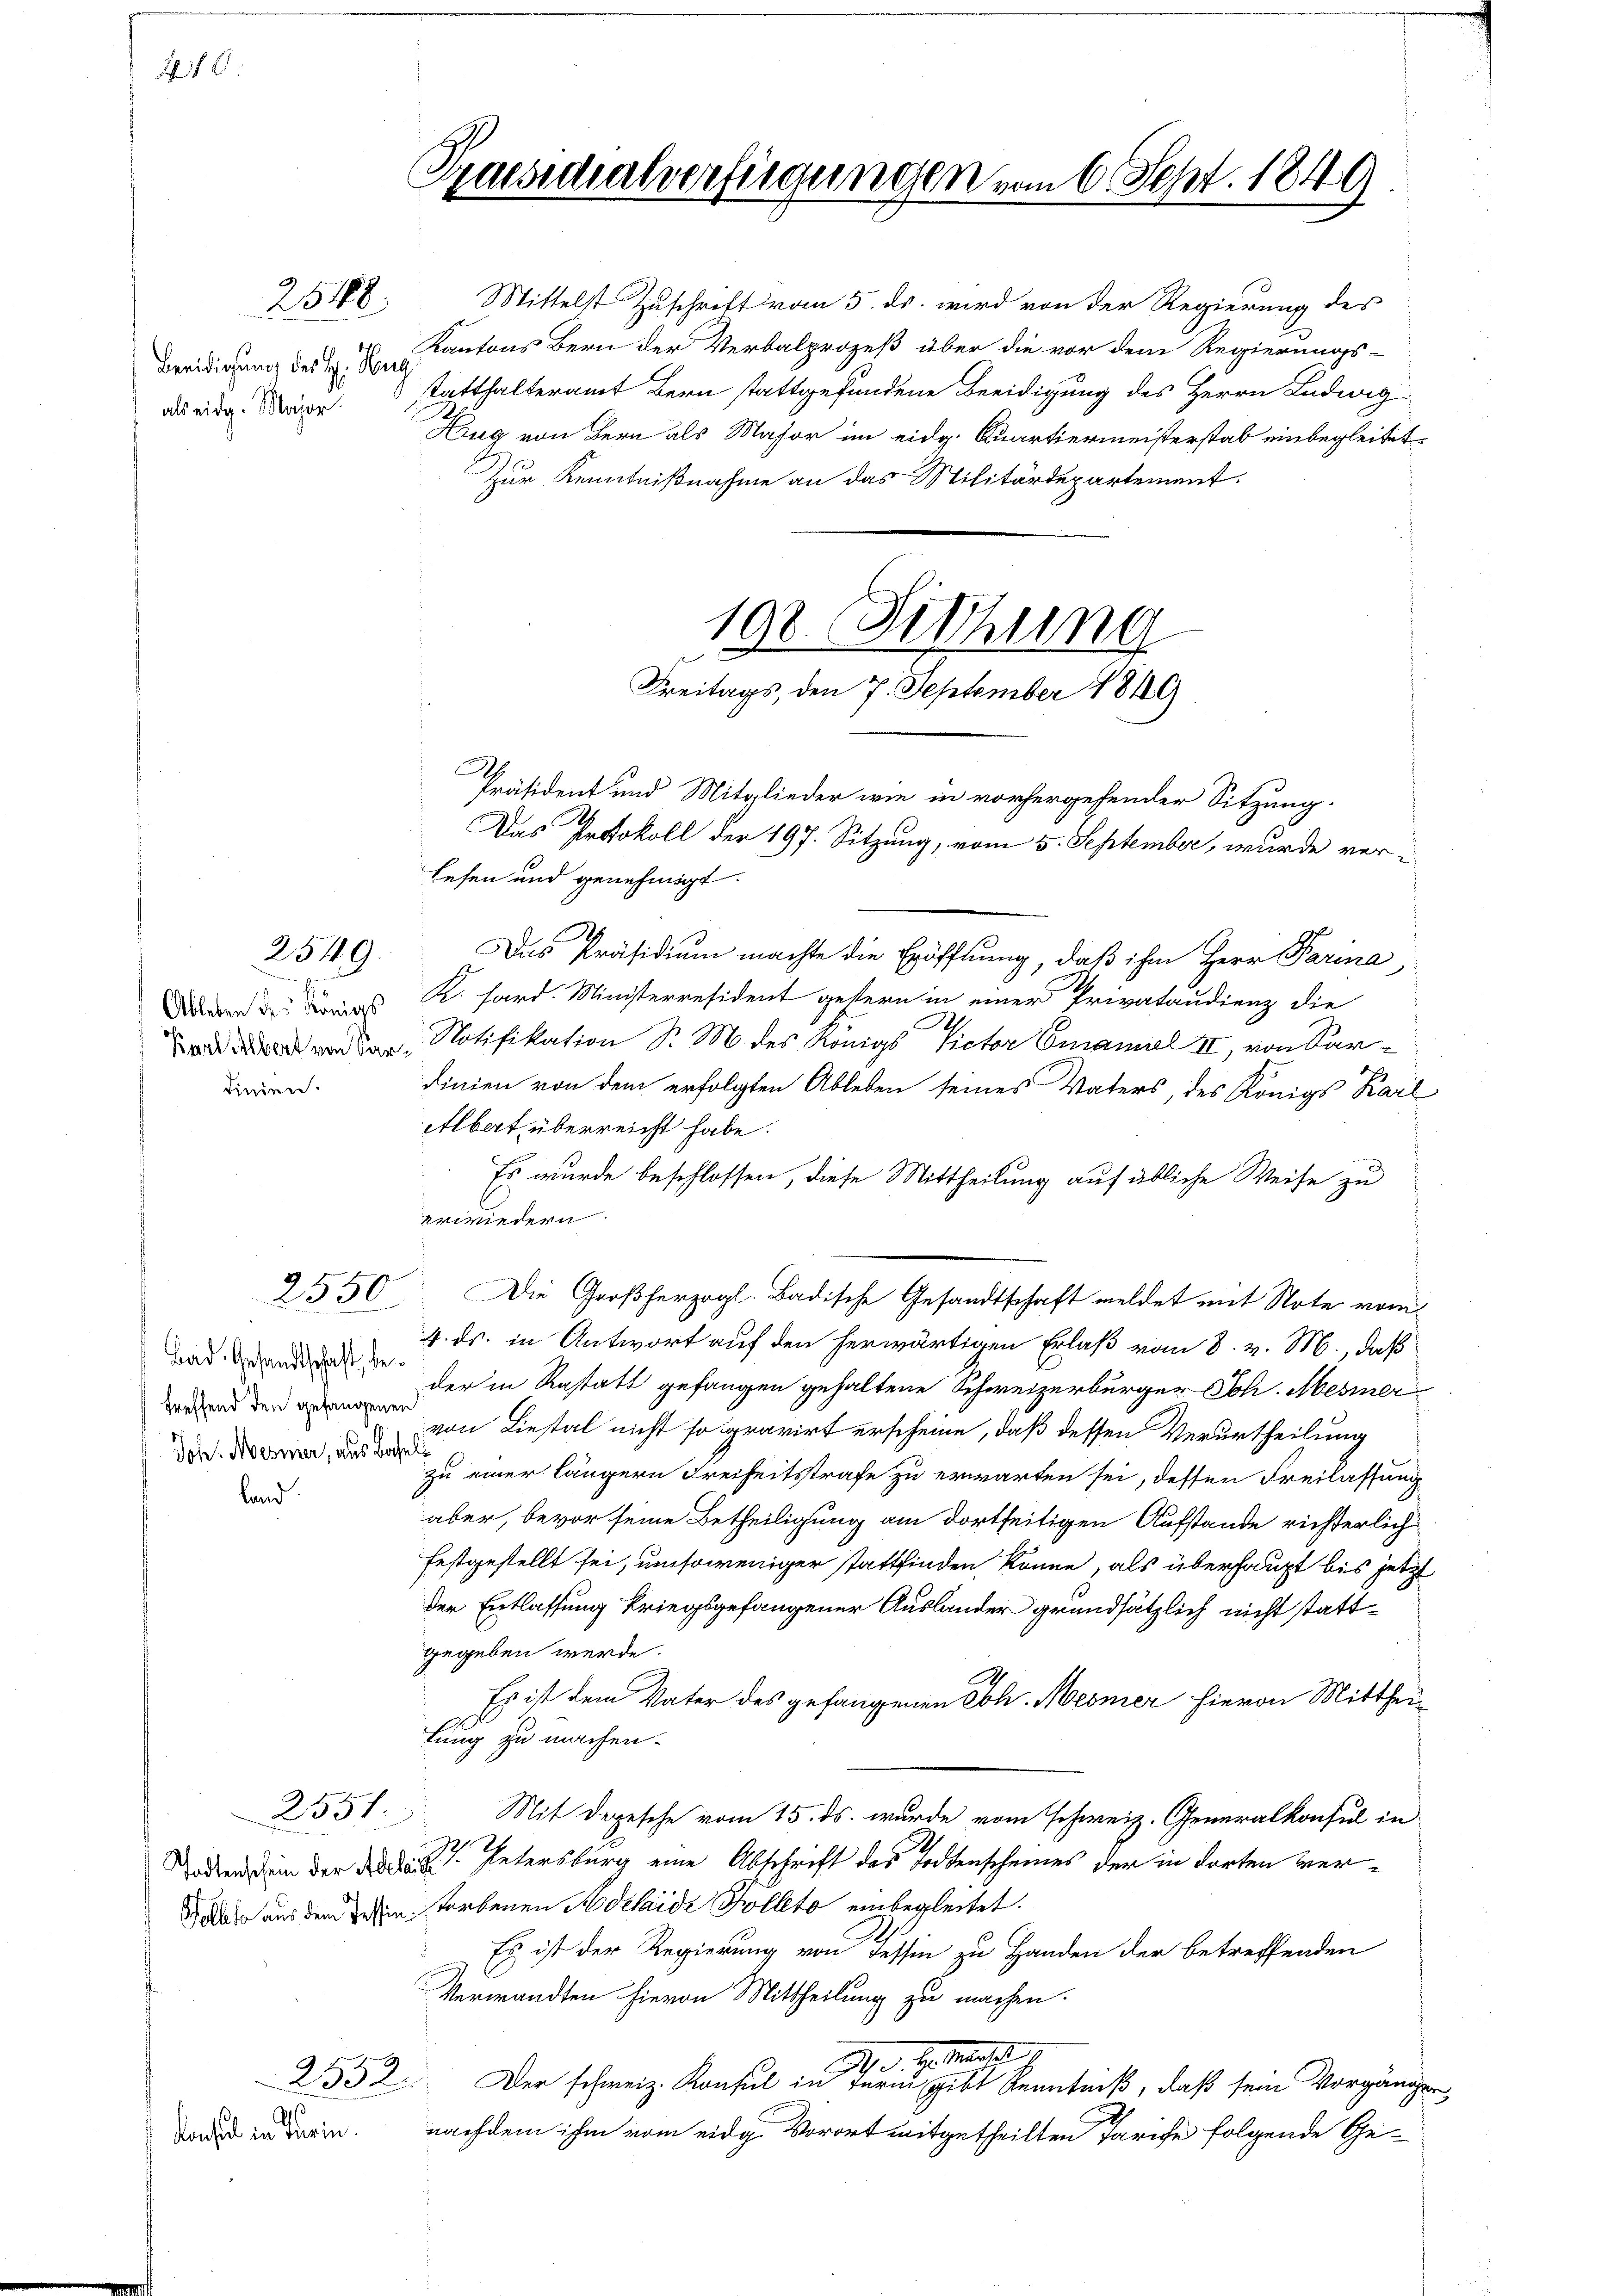
Nr. 10

Beeidigung des H. Heng
als eidg. Major.

dinien.

2548.

konsul in Turin

2549.

2550

Bad. Gesandtschaft, betreffend den gefangenen
Joh: Mesner, aus Basel
land

21551.

2552

Gaesidialverfügungen vom 6. Sept. 1849

Mittelst Zuschrift vom 5. ds. wird von der Regierung des
Kantons Bern der Verbalprozeß über die vor dem Regierungs-
statthalteramt Bern stattgefundene Beeidigung des Herrn Ludwig
Hug von Bern als Major im eidg. Quartiermeisterstab einbegleitet
Zur Kenntnißnahme an das Militärdepartement.

100. Fittung
Freitags, den 7. September 1849

Präsident und Mitglieder wie in vorhergehender Sitzung.
Das Protokoll der 197. Sitzung, vom 5. September, wurde ver¬

lefen und genehmigt.
Das Präsidium machte die Eröffnung, daß ihm Herr Parina
ddend der K. Sard. Ministerresident getern in einer Privataudienz die
ad von der Notifikation Sr. M. des Königs Victor Emanal II, von Sardinien von dem erfolgten Ableben seines Vaters, des Königs Karl
Albert überreicht habe.
Es wurde beschlossen, diese Mittheilung auf übliche Weise zu
erwiedern
4. ds. in Antwort auf den herwärtigen Erlaß vom 8. v. M., daß
der in Restatt gefangen gehaltene Schweizerbürger Joh. Mesner
von Liestal nicht so gravirt erscheine, daß dessen Verurtheilung
zu einer längern Freiheitsstrafe zu erwarten sei, dessen Freilassung
aber, bevor seine Betheiligung am dortseitigen Aufstande richterlich
festgestellt sei, umsoweniger stattfinden könne, als überhaupt bis jetzt
der Entlassung kriegsgefangener Auslander grundsätzlich nicht stattgegeben werde.
Es ist dem Vater des gefangenen Joh. Mesner hievon Mittheitung zu machen.
Mit Depesche vom 15. ds. wurde vom schweiz. Generalkonsul in
ode dein der den Petersburg eine Abschrift des Todtenscheines der in dorten verdadar aus dem Zehen torbenen Adelaide Polleto einbegleitet.
Es ist der Regierung von Tessin zu Handen der betreffenden
Verwandten hievon Mittheilung zu machen.
No. 1. Mart.
Der schweiz. Konsul in fern gibt Kenntniß, daß sein Vorgänger
nachdem ihm vom eidg. Vorort mitgetheilten Tarife folgende Ge¬

Die Großherzogl. Badische Gesandtschaft meldet mit Note vom